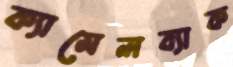
ক্যামেলব্যাক